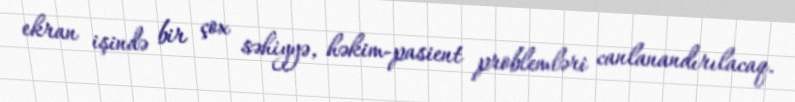
ekran işində bir çox səhiyyə, həkim-pasient problemləri canlanandırılacaq.